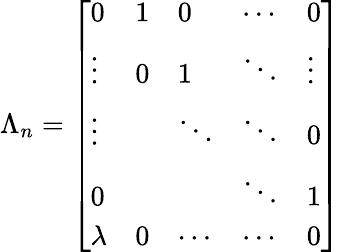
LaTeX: \Lambda_{n}=\left[\begin{array}{lllll}{{0}}&{{1}}&{{0}}&{{\cdots}}&{{0}}\\ {{\vdots}}&{{0}}&{{1}}&{{\ddots}}&{{\vdots}}\\ {{\vdots}}&{{{}}}&{{\ddots}}&{{\ddots}}&{{0}}\\ {{0}}&{{{}}}&{{{}}}&{{\ddots}}&{{1}}\\ {{\lambda}}&{{0}}&{{\cdots}}&{{\cdots}}&{{0}}\end{array}\right]